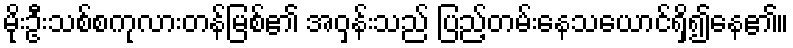
မိုးဦးသစ်စကုလားတန်မြစ်၏ အဝှန်းသည် ပြည့်တမ်းနေသယောင်ရှိ၍နေ၏။